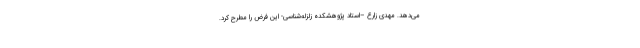
می‌دهد. مهدی زارع –استاد پژوهشکده زلزله‌شناسی- این فرض را مطرح کرد.